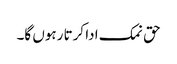
حق نمک ادا کرتا رہوں گا۔